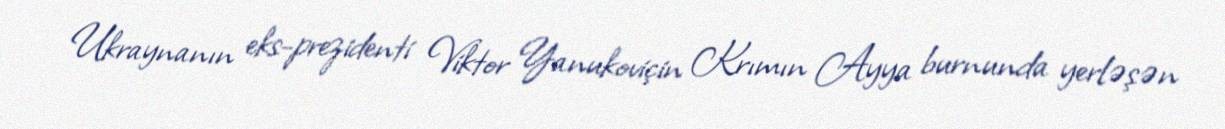
Ukraynanın eks-prezidenti Viktor Yanukoviçin Krımın Ayya burnunda yerləşən